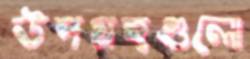
উপগ্রহগুলো